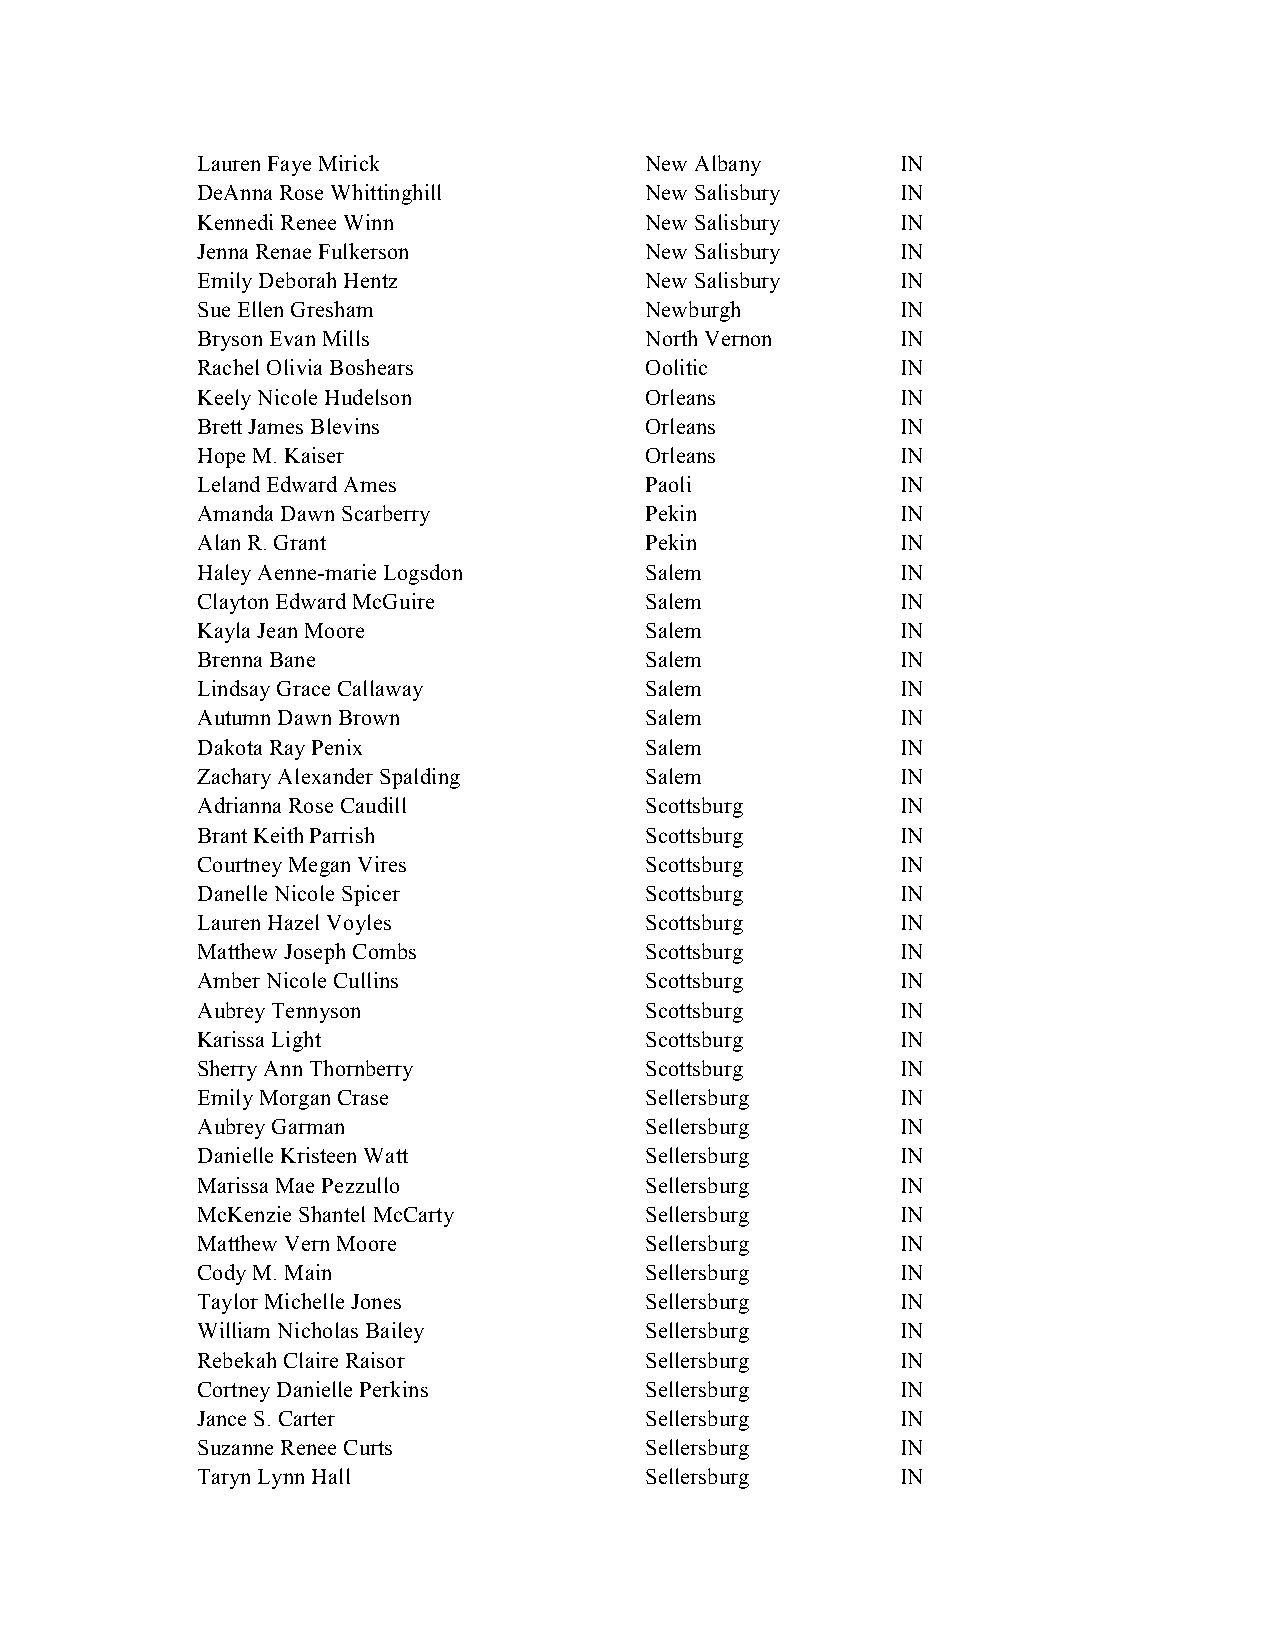
Lauren Faye Mirick            New Albany       IN
 DeAnna Rose Whittinghill      New Salisbury    IN
 Kennedi Renee Winn            New Salisbury    IN
 Jenna Renae Fulkerson         New Salisbury    IN
 Emily Deborah Hentz           New Salisbury    IN
 Sue Ellen Gresham             Newburgh         IN
 Bryson Evan Mills             North Vernon     IN
 Rachel Olivia Boshears        Oolitic          IN
 Keely Nicole Hudelson         Orleans          IN
 Brett James Blevins           Orleans          IN
 Hope M. Kaiser                Orleans          IN
 Leland Edward Ames            Paoli            IN
 Amanda Dawn Scarberry         Pekin            IN
 Alan R. Grant                 Pekin            IN
 Haley Aenne-marie Logsdon     Salem            IN
 Clayton Edward McGuire        Salem            IN
 Kayla Jean Moore              Salem            IN
 Brenna Bane                   Salem            IN
 Lindsay Grace Callaway        Salem            IN
 Autumn Dawn Brown             Salem            IN
 Dakota Ray Penix              Salem            IN
 Zachary Alexander Spalding    Salem            IN
 Adrianna Rose Caudill         Scottsburg       IN
 Brant Keith Parrish           Scottsburg       IN
 Courtney Megan Vires          Scottsburg       IN
 Danelle Nicole Spicer         Scottsburg       IN
 Lauren Hazel Voyles           Scottsburg       IN
 Matthew Joseph Combs          Scottsburg       IN
 Amber Nicole Cullins          Scottsburg       IN
 Aubrey Tennyson               Scottsburg       IN
 Karissa Light                 Scottsburg       IN
 Sherry Ann Thornberry         Scottsburg       IN
 Emily Morgan Crase            Sellersburg      IN
 Aubrey Garman                 Sellersburg      IN
 Danielle Kristeen Watt        Sellersburg      IN
 Marissa Mae Pezzullo          Sellersburg      IN
 McKenzie Shantel McCarty      Sellersburg      IN
 Matthew Vern Moore            Sellersburg      IN
 Cody M. Main                  Sellersburg      IN
 Taylor Michelle Jones         Sellersburg      IN
 William Nicholas Bailey       Sellersburg      IN
 Rebekah Claire Raisor         Sellersburg      IN
 Cortney Danielle Perkins      Sellersburg      IN
 Jance S. Carter               Sellersburg      IN
 Suzanne Renee Curts           Sellersburg      IN
 Taryn Lynn Hall               Sellersburg      IN